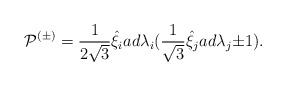
\begin{align*}{\cal P}^{(\pm)}=\frac{1}{2\sqrt{3}}{\hat{\xi}}_iad{\lambda}_i(\frac{1}{\sqrt 3}\hat{\xi}_jad{\lambda}_j{\pm}1).\end{align*}